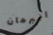
البرهان